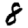
Digit: 8